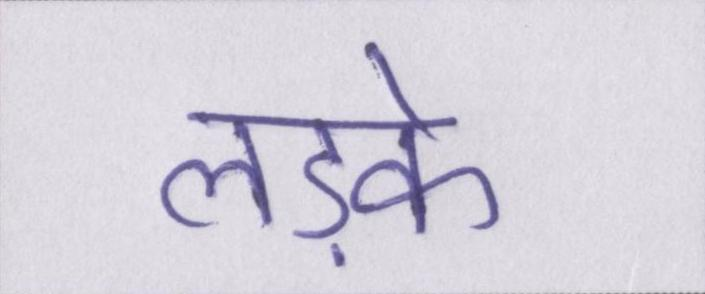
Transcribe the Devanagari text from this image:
लड़के